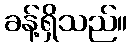
ခန့်ရှိသည်။